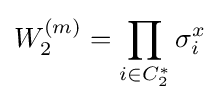
W_{2}^{(m)}=\prod _{i\in C_{2}^{*}}\sigma _{i}^{x}